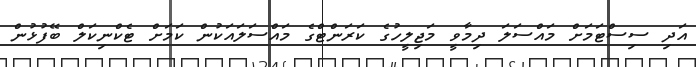
އަދި ސިސްޓަމަށް މައްސަލަ ދިމާވީ މަޖިލީހުގެ ކަރަންޓްގެ މައްސަލައަކުން ކަމަށް ޓެކްނިކަލް ބޭފުޅުން